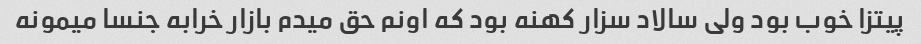
پیتزا خوب بود ولی سالاد سزار کهنه بود که اونم حق میدم بازار خرابه جنسا میمونه